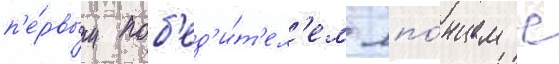
п'е́рвым поб'ед'и́т'ел'ем япо́нцем с